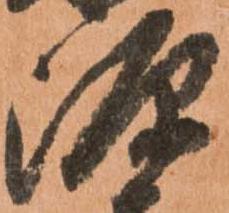
源